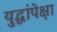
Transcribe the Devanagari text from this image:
युद्धांपेक्षा